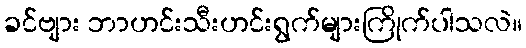
ခင်ဗျား ဘာဟင်းသီးဟင်းရွက်များကြိုက်ပါသလဲ။